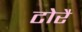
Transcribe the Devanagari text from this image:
टोरै